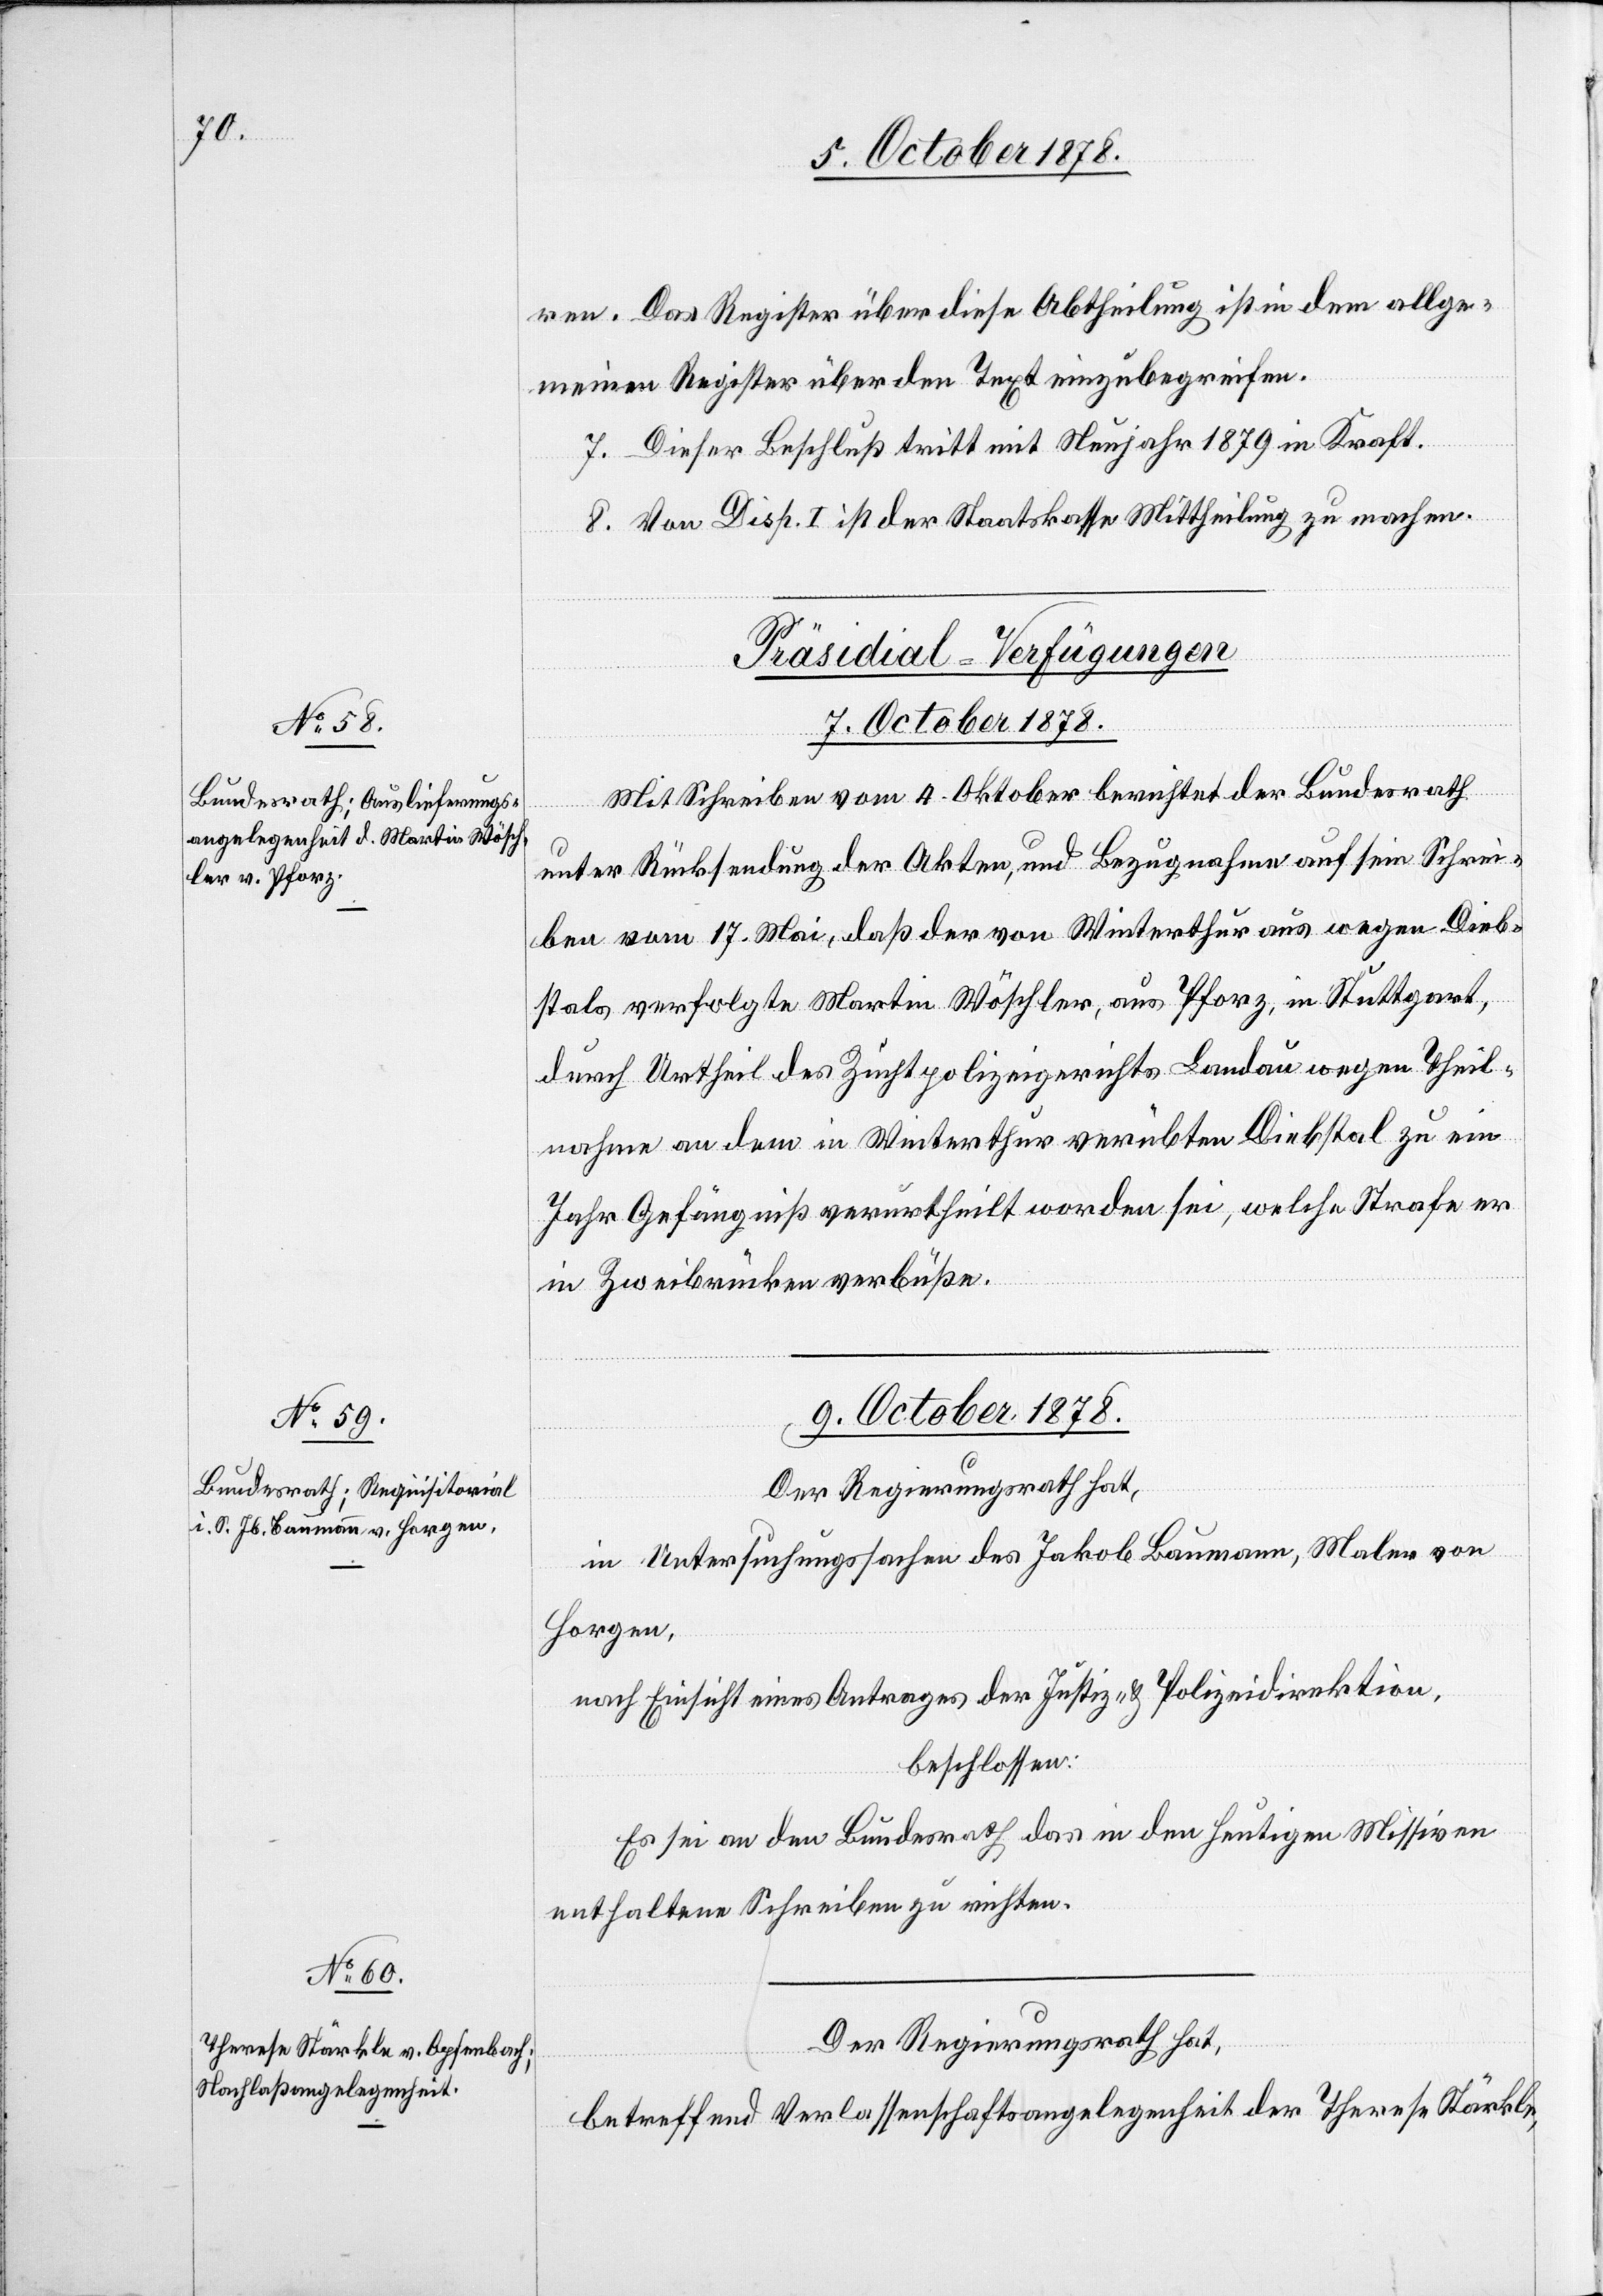
ren. Das Register über diese Abtheilung ist in dem allge¬
meinen Register über den Text einzubegreifen.
7. Dieser Beschluß tritt mit Neujahr 1879 in Kraft.
8. Von Disp. I ist der Staatskasse Mittheilung zu machen.
[Präsidial-Verfügungen
7. October 1878.
Mit Schreiben vom 4. Oktober berichtet der Bundesrath
unter Rücksendung der Akten, und Bezugnahme auf sein Schrei¬
ben vom 17. Mai, daß der von Winterthur aus wegen Dieb¬
stals verfolgte Martin Wöschler, aus Pforz, in Stuttgart,
durch Urtheil des Zuchtpolizeigerichts Landau wegen Theil¬
nahme an dem in Winterthur verübten Diebstal zu ein
Jahr Gefängniß verurtheilt worden sei, welche Strafe er
in Zweibrücken verbüße.
9. October 1878.]
Der Regierungsrath hat,
in Untersuchungssachen des Jakob Baumann, Maler von
Horgen,
nach Einsicht eines Antrages der Justiz- & Polizeidirektion,
beschlossen:
Es sei an den Bundesrath das in den heutigen Missiven
enthaltene Schreiben zu richten.
betreffend Verlassenschaftsangelegenheit der Therese Stärkle,